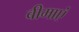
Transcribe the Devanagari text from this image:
बीमाएं